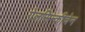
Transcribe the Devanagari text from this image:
गेलसिन्कीचेन